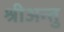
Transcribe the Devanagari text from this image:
श्रीअन्तु